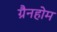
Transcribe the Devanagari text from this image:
ग्रैनहोम